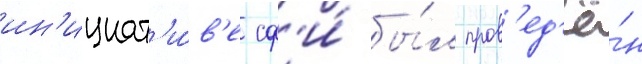
ин'ициат'и́в'е сф'и́ бы́л пров'ед'ё́н